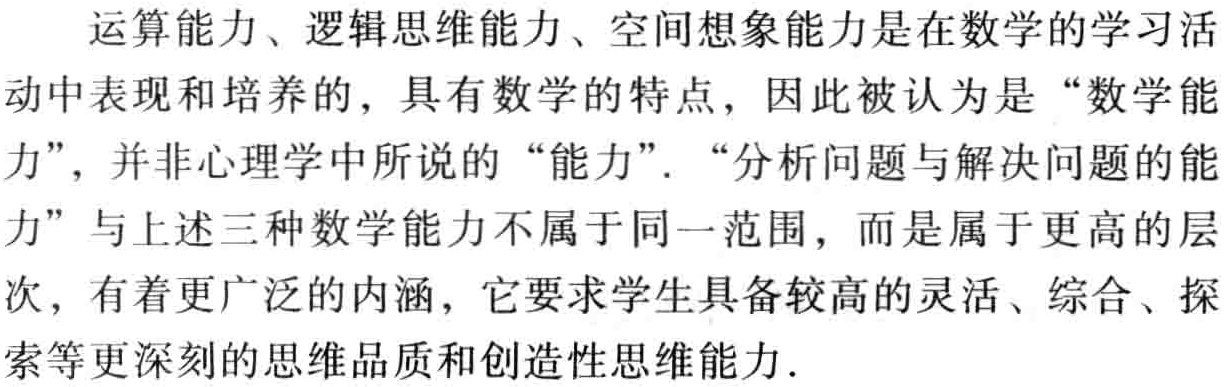
运算能力、逻辑思维能力、空间想象能力是在数学的学习活动中表现和培养的，具有数学的特点，因此被认为是“数学能力”，并非心理学中所说的“能力”. “分析问题与解决问题的能力”与上述三种数学能力不属于同一范围，而是属于更高的层次，有着更广泛的内涵，它要求学生具备较高的灵活、综合、探索等更深刻的思维品质和创造性思维能力.